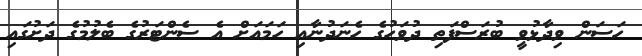
ހަސަން ވިދާޅުވީ ބުރަސްފަތި ދުވަހުގެ ހެނަދުނާއި ހަމައަށް އެ ސެންޓަރުގެ ބެލުމުގެ ދަށުގައި